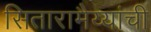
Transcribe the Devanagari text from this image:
सितारामैय्यांची